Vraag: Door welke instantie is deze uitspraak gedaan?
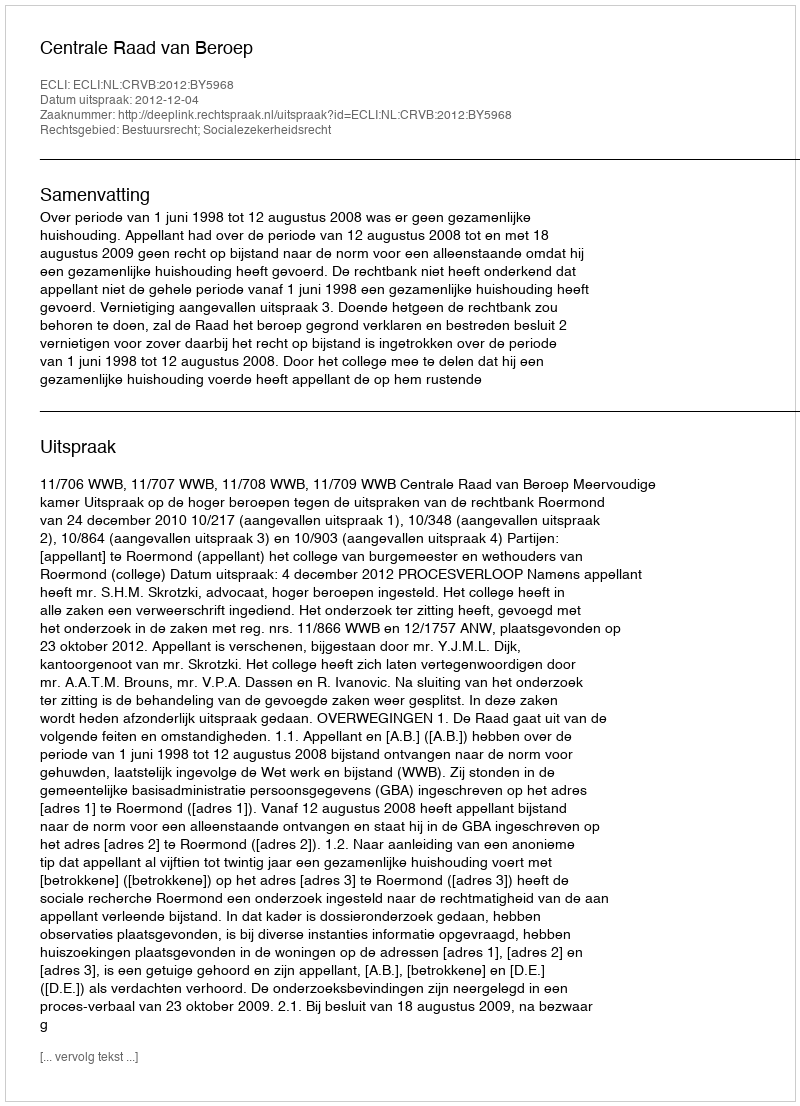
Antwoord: Centrale Raad van Beroep